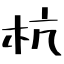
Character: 杭